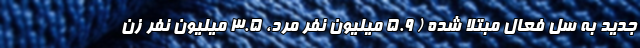
جدید به سل فعال مبتلا شده ( ۵.۹ میلیون نفر مرد، ۳.۵ میلیون نفر زن